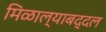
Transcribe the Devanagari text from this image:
मिळाल्याबद्दल